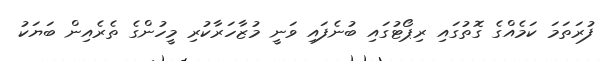
ފުރަތަމަ ކަމެއްގެ ގޮތުގައި ރިޕޯޓުގައި ބުނެފައި ވަނީ މުޒާހަރާކުރި މީހުންގެ ތެރެއިން ބަޔަކު